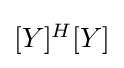
{\textstyle [Y]^{H}[Y]}